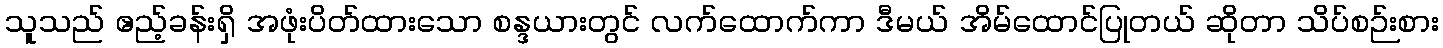
သူသည် ဧည့်ခန်းရှိ အဖုံးပိတ်ထားသော စန္ဒယားတွင် လက်ထောက်ကာ ဒီမယ် အိမ်ထောင်ပြုတယ် ဆိုတာ သိပ်စဉ်းစား